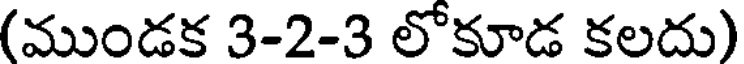
(ముండక 3-2-3 లోకూడ కలదు)